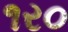
૧ર૦